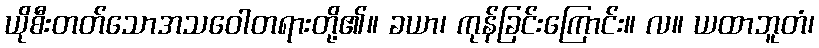
ယိုစီးတတ်သောအသဝေါတရားတို့၏။ ခယာ၊ ကုန်ခြင်းကြောင်း။ လ။ ယထာဘူတံ၊